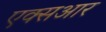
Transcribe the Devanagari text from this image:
एक्सआर